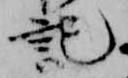
記